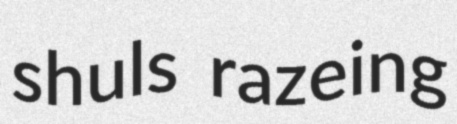
shuls razeing